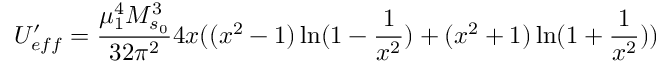
U _ { e f f } ^ { \prime } = \frac { \mu _ { 1 } ^ { 4 } M _ { s _ { 0 } } ^ { 3 } } { 3 2 \pi ^ { 2 } } 4 x ( ( x ^ { 2 } - 1 ) \ln ( 1 - \frac { 1 } { x ^ { 2 } } ) + ( x ^ { 2 } + 1 ) \ln ( 1 + \frac { 1 } { x ^ { 2 } } ) )